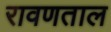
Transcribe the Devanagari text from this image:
रावणताल